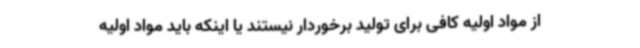
از مواد اولیه کافی برای تولید برخوردار نیستند یا اینکه باید مواد اولیه